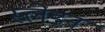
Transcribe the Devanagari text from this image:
स्लेडन